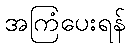
အကြံပေးရန်